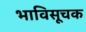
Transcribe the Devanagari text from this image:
भाविसूचक